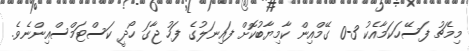
މިމެޗު ފަސޭހަކަމާއެކު 3-0 ގޭމްއިން ކާމިޔާބުކޮށް ފައިނަލުގެ ފަހު ޖާގަ ހޯދީ ކަސްޓަމްސްއިންނެވެ.